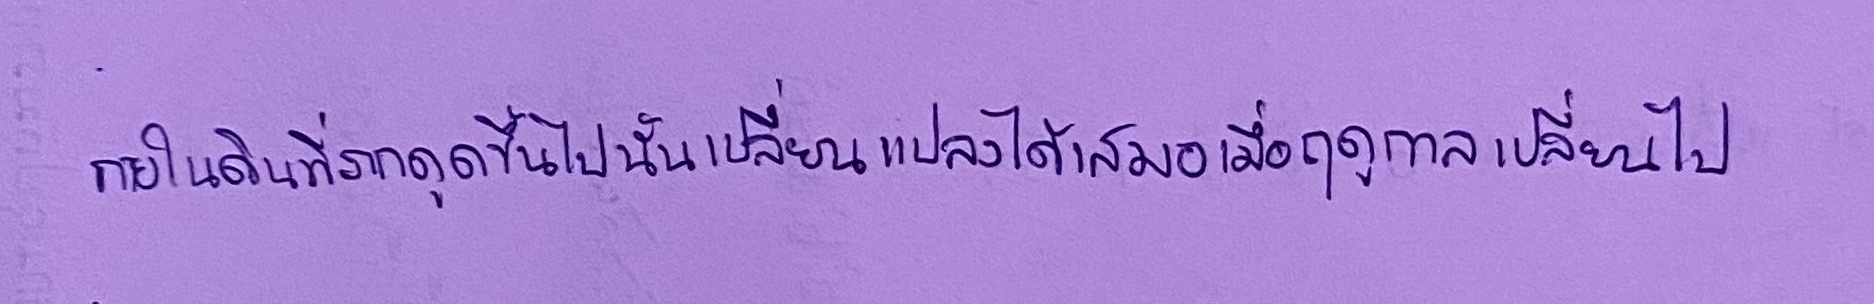
ภายในดินที่รากดูดขึ้นไปนั้นเปลี่ยนแปลงได้เสมอเมื่อฤดูกาลเปลี่ยนไป